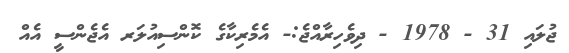
ޖުލައި 31 - 1978 - ދިވެހިރާއްޖެ:- އެމެރިކާގެ ކޮންސިއުލަރ އެޖެންސީ އެއް